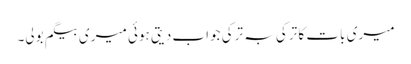
میری بات کا ترکی بہ ترکی جواب دیتی ہوئی میری بیگم بولی۔